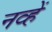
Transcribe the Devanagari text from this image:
नव्हें